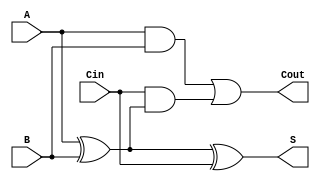
module AsynchronousFullAdder (
    input wire A,    // First binary input
    input wire B,    // Second binary input
    input wire Cin,  // Carry-in input
    output wire S,   // Sum output
    output wire Cout // Carry-out output
);

    // Intermediate signals
    wire A_B_XOR;    // A XOR B
    wire A_and_B;    // A AND B
    wire Cin_and_A_B_XOR; // Cin AND (A XOR B)

    // Compute A XOR B
    assign A_B_XOR = A ^ B;

    // Compute the Sum S
    assign S = A_B_XOR ^ Cin;

    // Compute A AND B
    assign A_and_B = A & B;

    // Compute Cin AND (A XOR B)
    assign Cin_and_A_B_XOR = Cin & A_B_XOR;

    // Compute Carry-out Cout
    assign Cout = A_and_B | Cin_and_A_B_XOR;

endmodule